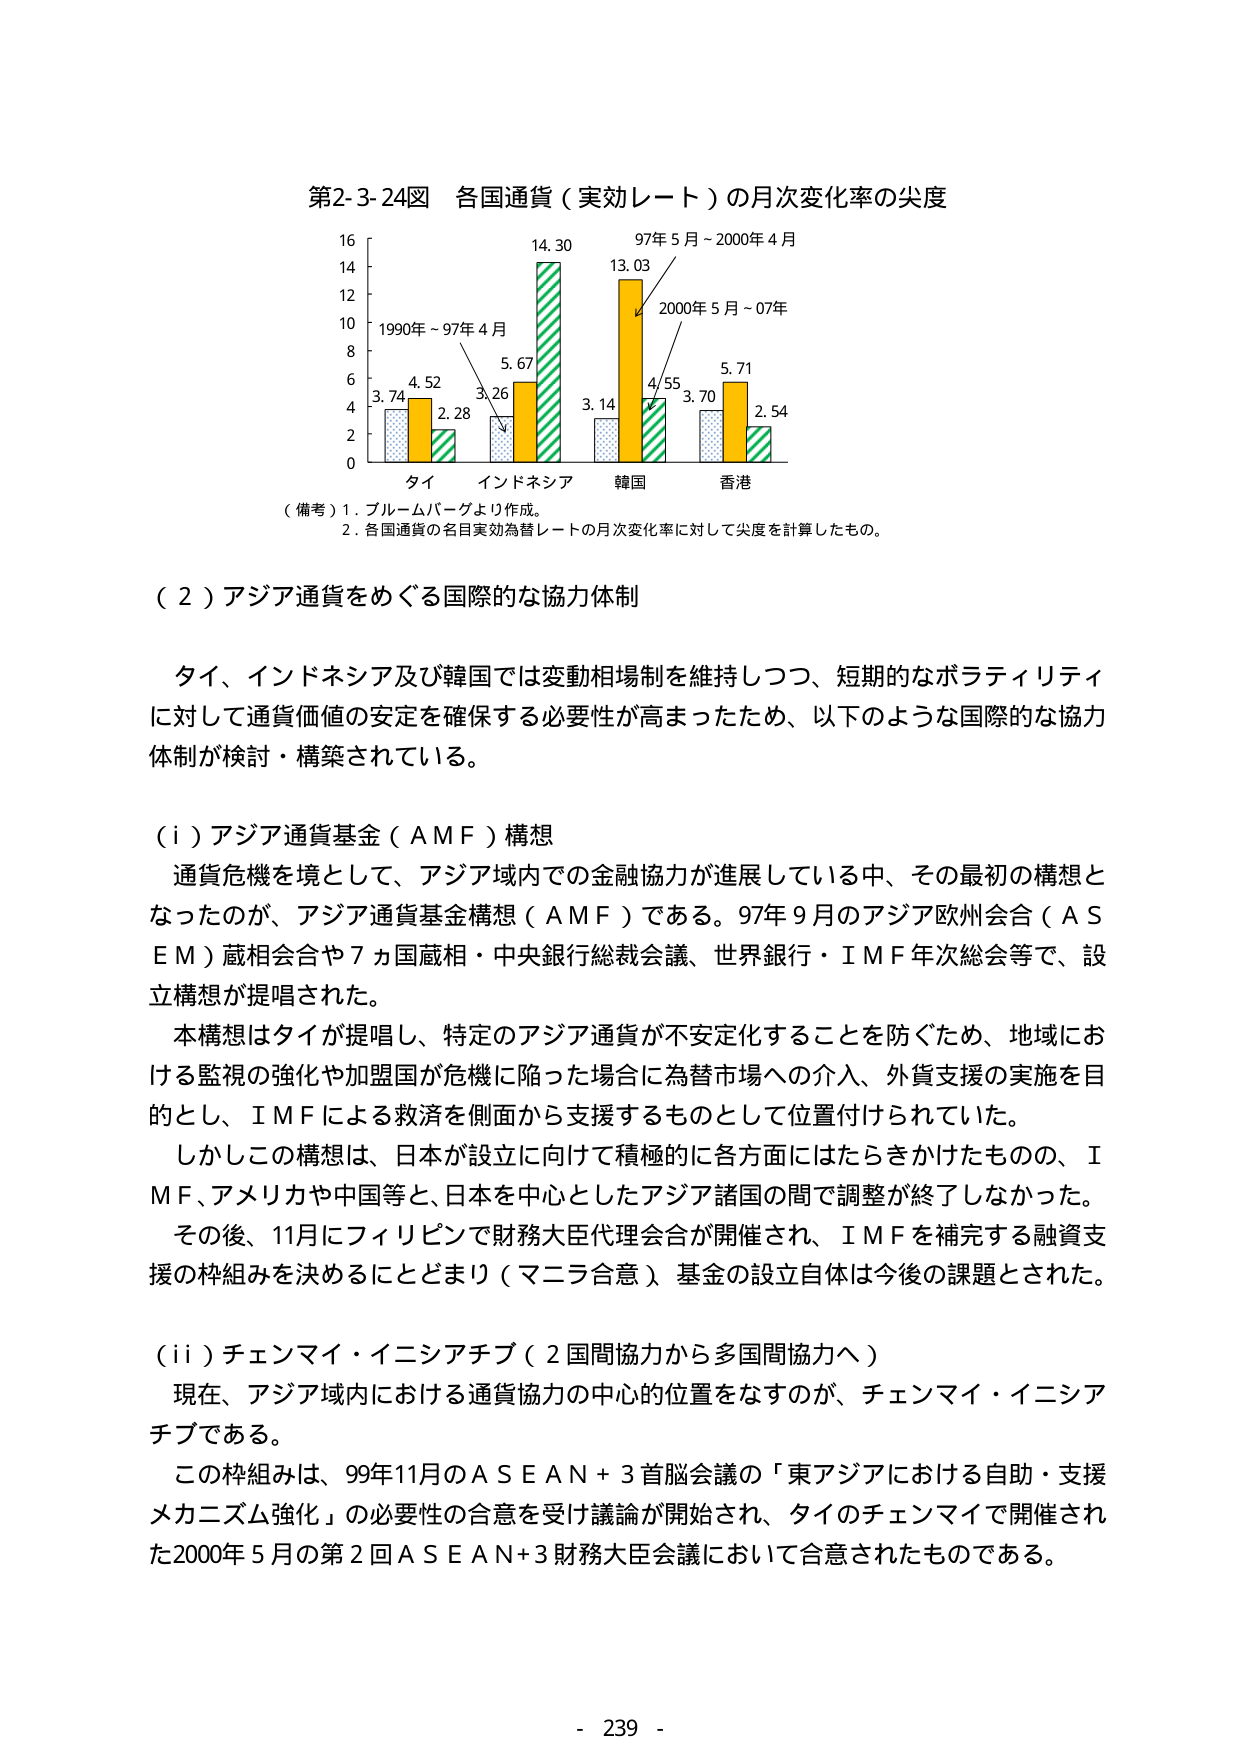
第2-3-24図 各国通貨（実効レート）の月次変化率の尖度

16
14
12
10
8
6
4
2
0

1990年～97年4月
3.74 4.52 2.28 3.26 5.67 14.30
タイ インドネシア

97年5月～2000年4月
13.03 4.55
韓国

2000年5月～07年
3.70 5.71 2.54
香港

（備考）1. ブルームバーグより作成。
2. 各国通貨の名目実効為替レートの月次変化率に対して尖度を計算したもの。

（2）アジア通貨をめぐる国際的な協力体制

タイ、インドネシア及び韓国では変動相場制を維持しつつ、短期的なボラティリティに対して通貨価値の安定を確保する必要性が高まったため、以下のような国際的な協力体制が検討・構築されている。

（i）アジア通貨基金（AMF）構想
通貨危機を境として、アジア域内での金融協力が進展している中、その最初の構想となったのが、アジア通貨基金構想（AMF）である。97年9月のアジア欧州会合（ASEM）蔵相会合や7ヵ国蔵相・中央銀行総裁会議、世界銀行・IMF年次総会等で、設立構想が提唱された。
本構想はタイが提唱し、特定のアジア通貨が不安定化することを防ぐため、地域における監視の強化や加盟国が危機に陥った場合に為替市場への介入、外貨支援の実施を目的とし、IMFによる救済を側面から支援するものとして位置付けられていた。
しかしこの構想は、日本が設立に向けて積極的に各方面にはたらきかけたものの、IMF、アメリカや中国等と、日本を中心としたアジア諸国の間で調整が終了しなかった。
その後、11月にフィリピンで財務大臣代理会合が開催され、IMFを補完する融資支援の枠組みを決めるにとどまり（マニラ合意）、基金の設立自体は今後の課題とされた。

（ii）チェンマイ・イニシアチブ（2国間協力から多国間協力へ）
現在、アジア域内における通貨協力の中心的位置をなすのが、チェンマイ・イニシアチブである。
この枠組みは、99年11月のASEAN＋3首脳会議の「東アジアにおける自助・支援メカニズム強化」の必要性の合意を受け議論が開始され、タイのチェンマイで開催された2000年5月の第2回ASEAN＋3財務大臣会議において合意されたものである。

- 239 -